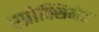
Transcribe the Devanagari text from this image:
एप्रोक्सिमेट